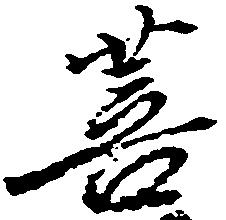
菩